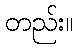
တည်း။